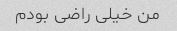
من خیلی راضی بودم